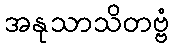
အနုသာသိတဗ္ဗံ